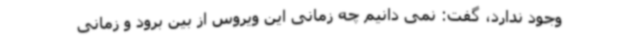
وجود ندارد، گفت: نمی دانیم چه زمانی این ویروس از بین برود و زمانی